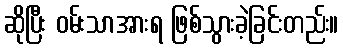
ဆိုပြီး ဝမ်းသာအားရ ဖြစ်သွားခဲ့ခြင်းတည်း။